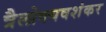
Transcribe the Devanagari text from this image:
त्रैलोक्यवशंकर